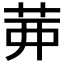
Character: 𦮉